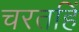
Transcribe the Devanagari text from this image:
चरतहिं